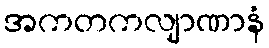
အကတကလျာဏာနံ